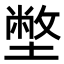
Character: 𡐞